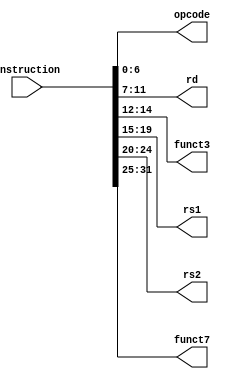
`timescale 1ns / 1ps
//////////////////////////////////////////////////////////////////////////////////
// Company: 
// Engineer: 
// 
// Design Name: 
// Module Name: Instruction_Parser
// Project Name: 
// Target Devices: 
// Tool Versions: 
// Description: 
// 
// Dependencies: 
// 
// Revision:
// Revision 0.01 - File Created
// Additional Comments:
// 
//////////////////////////////////////////////////////////////////////////////////

module InsParser
(
    input [31:0] instruction,   // 32-bit instruction input
    output [6:0] opcode,        // 7-bit opcode output
    output [4:0] rd,            // 5-bit destination register output
    output [2:0] funct3,        // 3-bit function code 3 output
    output [4:0] rs1,           // 5-bit source register 1 output
    output [4:0] rs2,           // 5-bit source register 2 output
    output [6:0] funct7         // 7-bit function code 7 output
);

    // Extracting specific bit ranges from the instruction
    assign opcode = instruction[6:0];     // Extract bits 6 to 0 for opcode
    assign rd = instruction[11:7];        // Extract bits 11 to 7 for destination register
    assign funct3 = instruction[14:12];   // Extract bits 14 to 12 for function code 3
    assign rs1 = instruction[19:15];      // Extract bits 19 to 15 for source register 1
    assign rs2 = instruction[24:20];      // Extract bits 24 to 20 for source register 2
    assign funct7 = instruction[31:25];   // Extract bits 31 to 25 for function code 7

endmodule